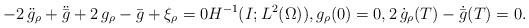
LaTeX: \begin{align*} - 2 \, \ddot g_\rho + \ddot {\bar g} + 2\,g_\rho -\bar g + \xi_\rho =0 H^{-1}(I;L^2(\Omega)), g_\rho(0)=0,2 \, \dot g_\rho(T) - \dot{\bar g}(T) = 0. \end{align*}